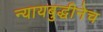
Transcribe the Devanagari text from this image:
न्यायबुद्धीनेच